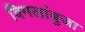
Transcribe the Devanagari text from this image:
विमलांबुजा